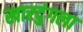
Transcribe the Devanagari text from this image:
खारदुंगला